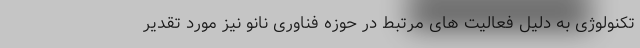
تکنولوژی به دلیل فعالیت های مرتبط در حوزه فناوری نانو نیز مورد تقدیر